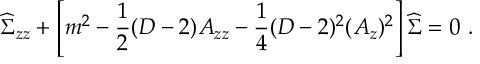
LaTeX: { \widehat \Sigma } _ { z z } + \left[ m ^ { 2 } - { \frac { 1 } { 2 } } ( D - 2 ) A _ { z z } - { \frac { 1 } { 4 } } ( D - 2 ) ^ { 2 } ( A _ { z } ) ^ { 2 } \right] { \widehat \Sigma } = 0 ~ .